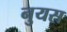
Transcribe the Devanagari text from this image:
नुयस